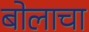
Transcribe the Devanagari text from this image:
बोलाचा